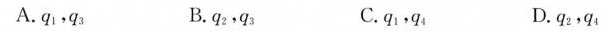
A. q_{1}，q_{3} B. q_{2}，q_{3} C. q_{1}，q_{4} D. q_{2}，q_{4}